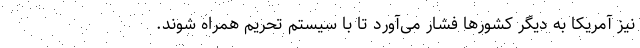
نیز آمریکا به دیگر کشورها فشار می‌آورد تا با سیستم تحریم همراه شوند.